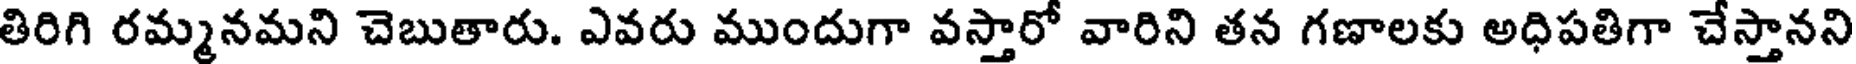
తిరిగి రమ్మనమని చెబుతారు. ఎవరు ముందుగా వస్తారో వారిని తన గణాలకు అధిపతిగా చేస్తానని